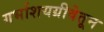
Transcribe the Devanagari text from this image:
गर्भाशयग्रीवेतून